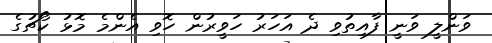
ވަންލީ ވަނީ ފާއިތުވި ދެ އަހަރު ހަވީރުން ހޮވި އެންމެ މޮޅު ކޯޗުގެ